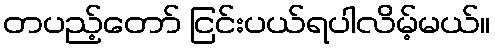
တပည့်တော် ငြင်းပယ်ရပါလိမ့်မယ်။